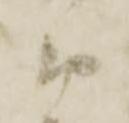
衛